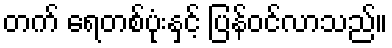
တက် ရေတစ်ပုံးနှင့် ပြန်ဝင်လာသည်။